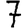
Digit: 7